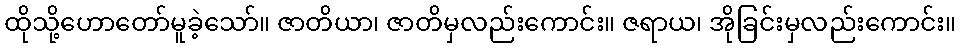
ထိုသို့ဟောတော်မူခဲ့သော်။ ဇာတိယာ၊ ဇာတိမှလည်းကောင်း။ ဇရာယ၊ အိုခြင်းမှလည်းကောင်း။